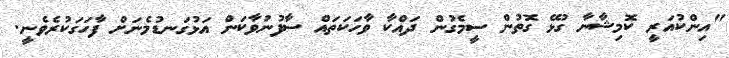
"އިންކުއަރީ ކޮމިޝާނާ ގުޅޭ ގޮތުން ސީމެގުން ދައްކާ ވާހަކަތައް ސާފުނުވާކަން އަޅުގަނޑުމެނަށް ފާހަގަކުރެވެނީ.